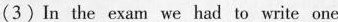
(3)In the exam we had to write one